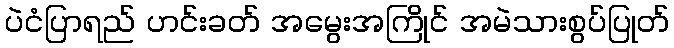
ပဲငံပြာရည် ဟင်းခတ် အမွေးအကြိုင် အမဲသားစွပ်ပြုတ်